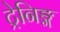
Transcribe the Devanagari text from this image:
ट्रेनिङ्ग